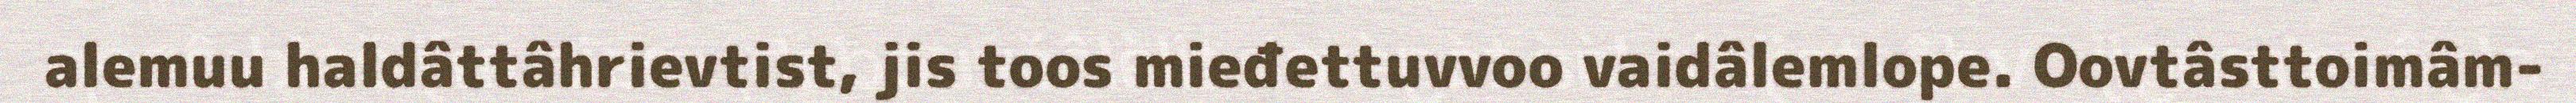
alemuu haldâttâhrievtist, jis toos mieđettuvvoo vaidâlemlope. Oovtâsttoimâm-